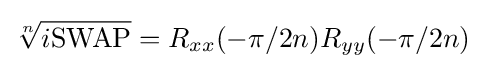
{\sqrt[{n}]{i{\mbox{SWAP}}}}=R_{xx}(-\pi /2n)R_{yy}(-\pi /2n)